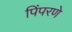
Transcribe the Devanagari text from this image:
पिंपरणे